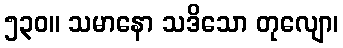
၅၃၀။ သမာနော သဒိသော တုလျော၊